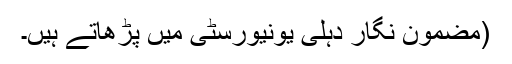
(مضمون نگار دہلی یونیورسٹی میں پڑھاتے ہیں۔